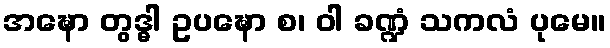
အဍ္ဎော တွဒ္ဓါ ဥပဍ္ဎော စ၊ ဝါ ခဏ္ဍံ သကလံ ပုမေ။